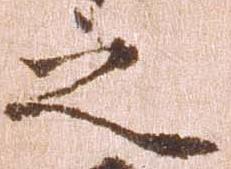
之